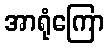
အာရုံကြော